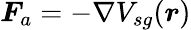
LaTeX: \boldsymbol{F}_{a}=-\nabla V_{sg}(\boldsymbol{r})